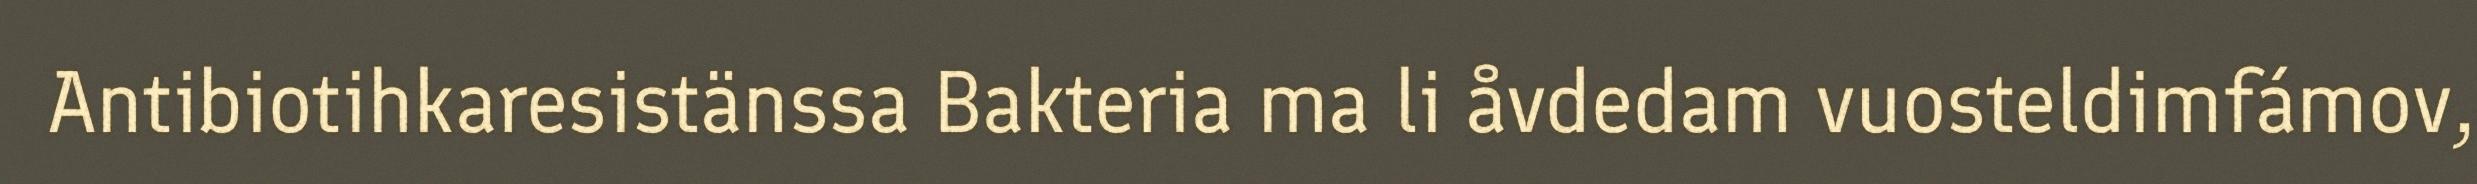
Antibiotihkaresistänssa Bakteria ma li åvdedam vuosteldimfámov,